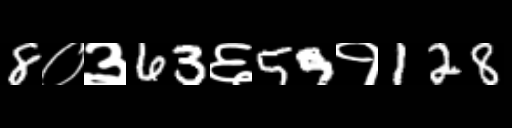
Text: 8०३63६59१128